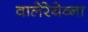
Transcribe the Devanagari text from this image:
वालेरेयेव्ना